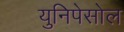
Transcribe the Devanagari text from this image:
युनिपेसोल